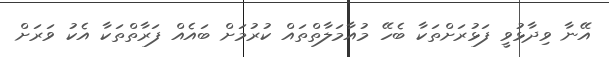
އޭނާ ވިދާޅުވީ ފަޅުރަށްތަކާ ބެހޭ މުއާމަލާތްތައް ކުރުމަށް ބައެއް ފަރާތްތަކާ އެކު ވަރަށް